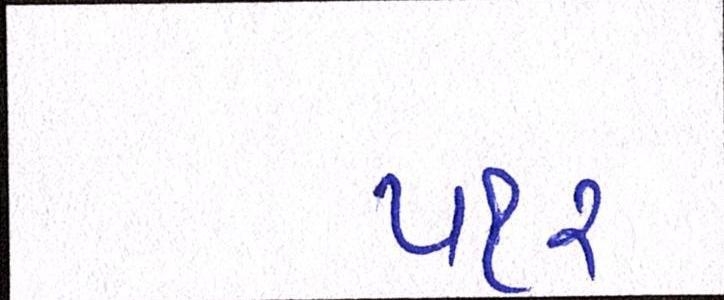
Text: ૫૧૨